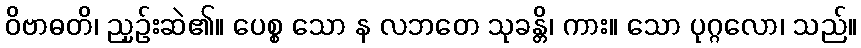
ဝိဗာဓတိ၊ ညှဉ်းဆဲ၏။ ပေစ္စ သော န လဘတေ သုခန္တိ၊ ကား။ သော ပုဂ္ဂလော၊ သည်။